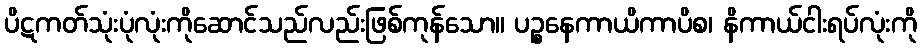
ပိဋကတ်သုံးပုံလုံးကိုဆောင်သည်လည်းဖြစ်ကုန်သော။ ပဉ္စနေကာယိကာပိစ၊ နိကာယ်ငါးရပ်လုံးကို